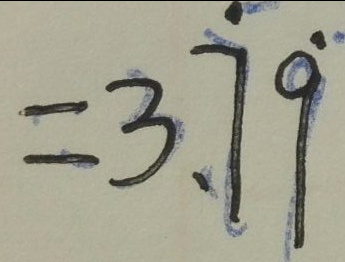
= 3 . \dot { 7 } \dot { 9 }